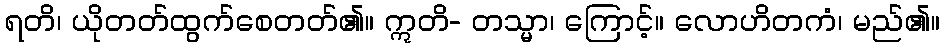
ရတိ၊ ယိုတတ်ထွက်စေတတ်၏။ ဣတိ- တသ္မာ၊ ကြောင့်။ လောဟိတကံ၊ မည်၏။